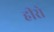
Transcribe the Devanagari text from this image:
हीरो